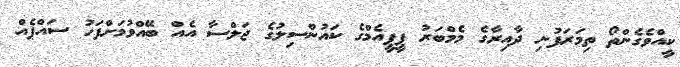
ކީއްވެގެންތޯ ތިމަރަފުށި ދާއިރާގެ މެމްބަރު ޕީޕީއެމްގެ ކައުންސިލުގެ ޖަލްސާ އެއް ބޭއްވުމަށްފަހު ސައްޕެއް